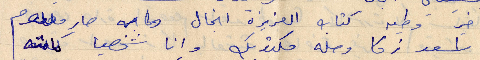
الأخير وطيه كتاب العزيزة انجال ولما به صاير معلوم